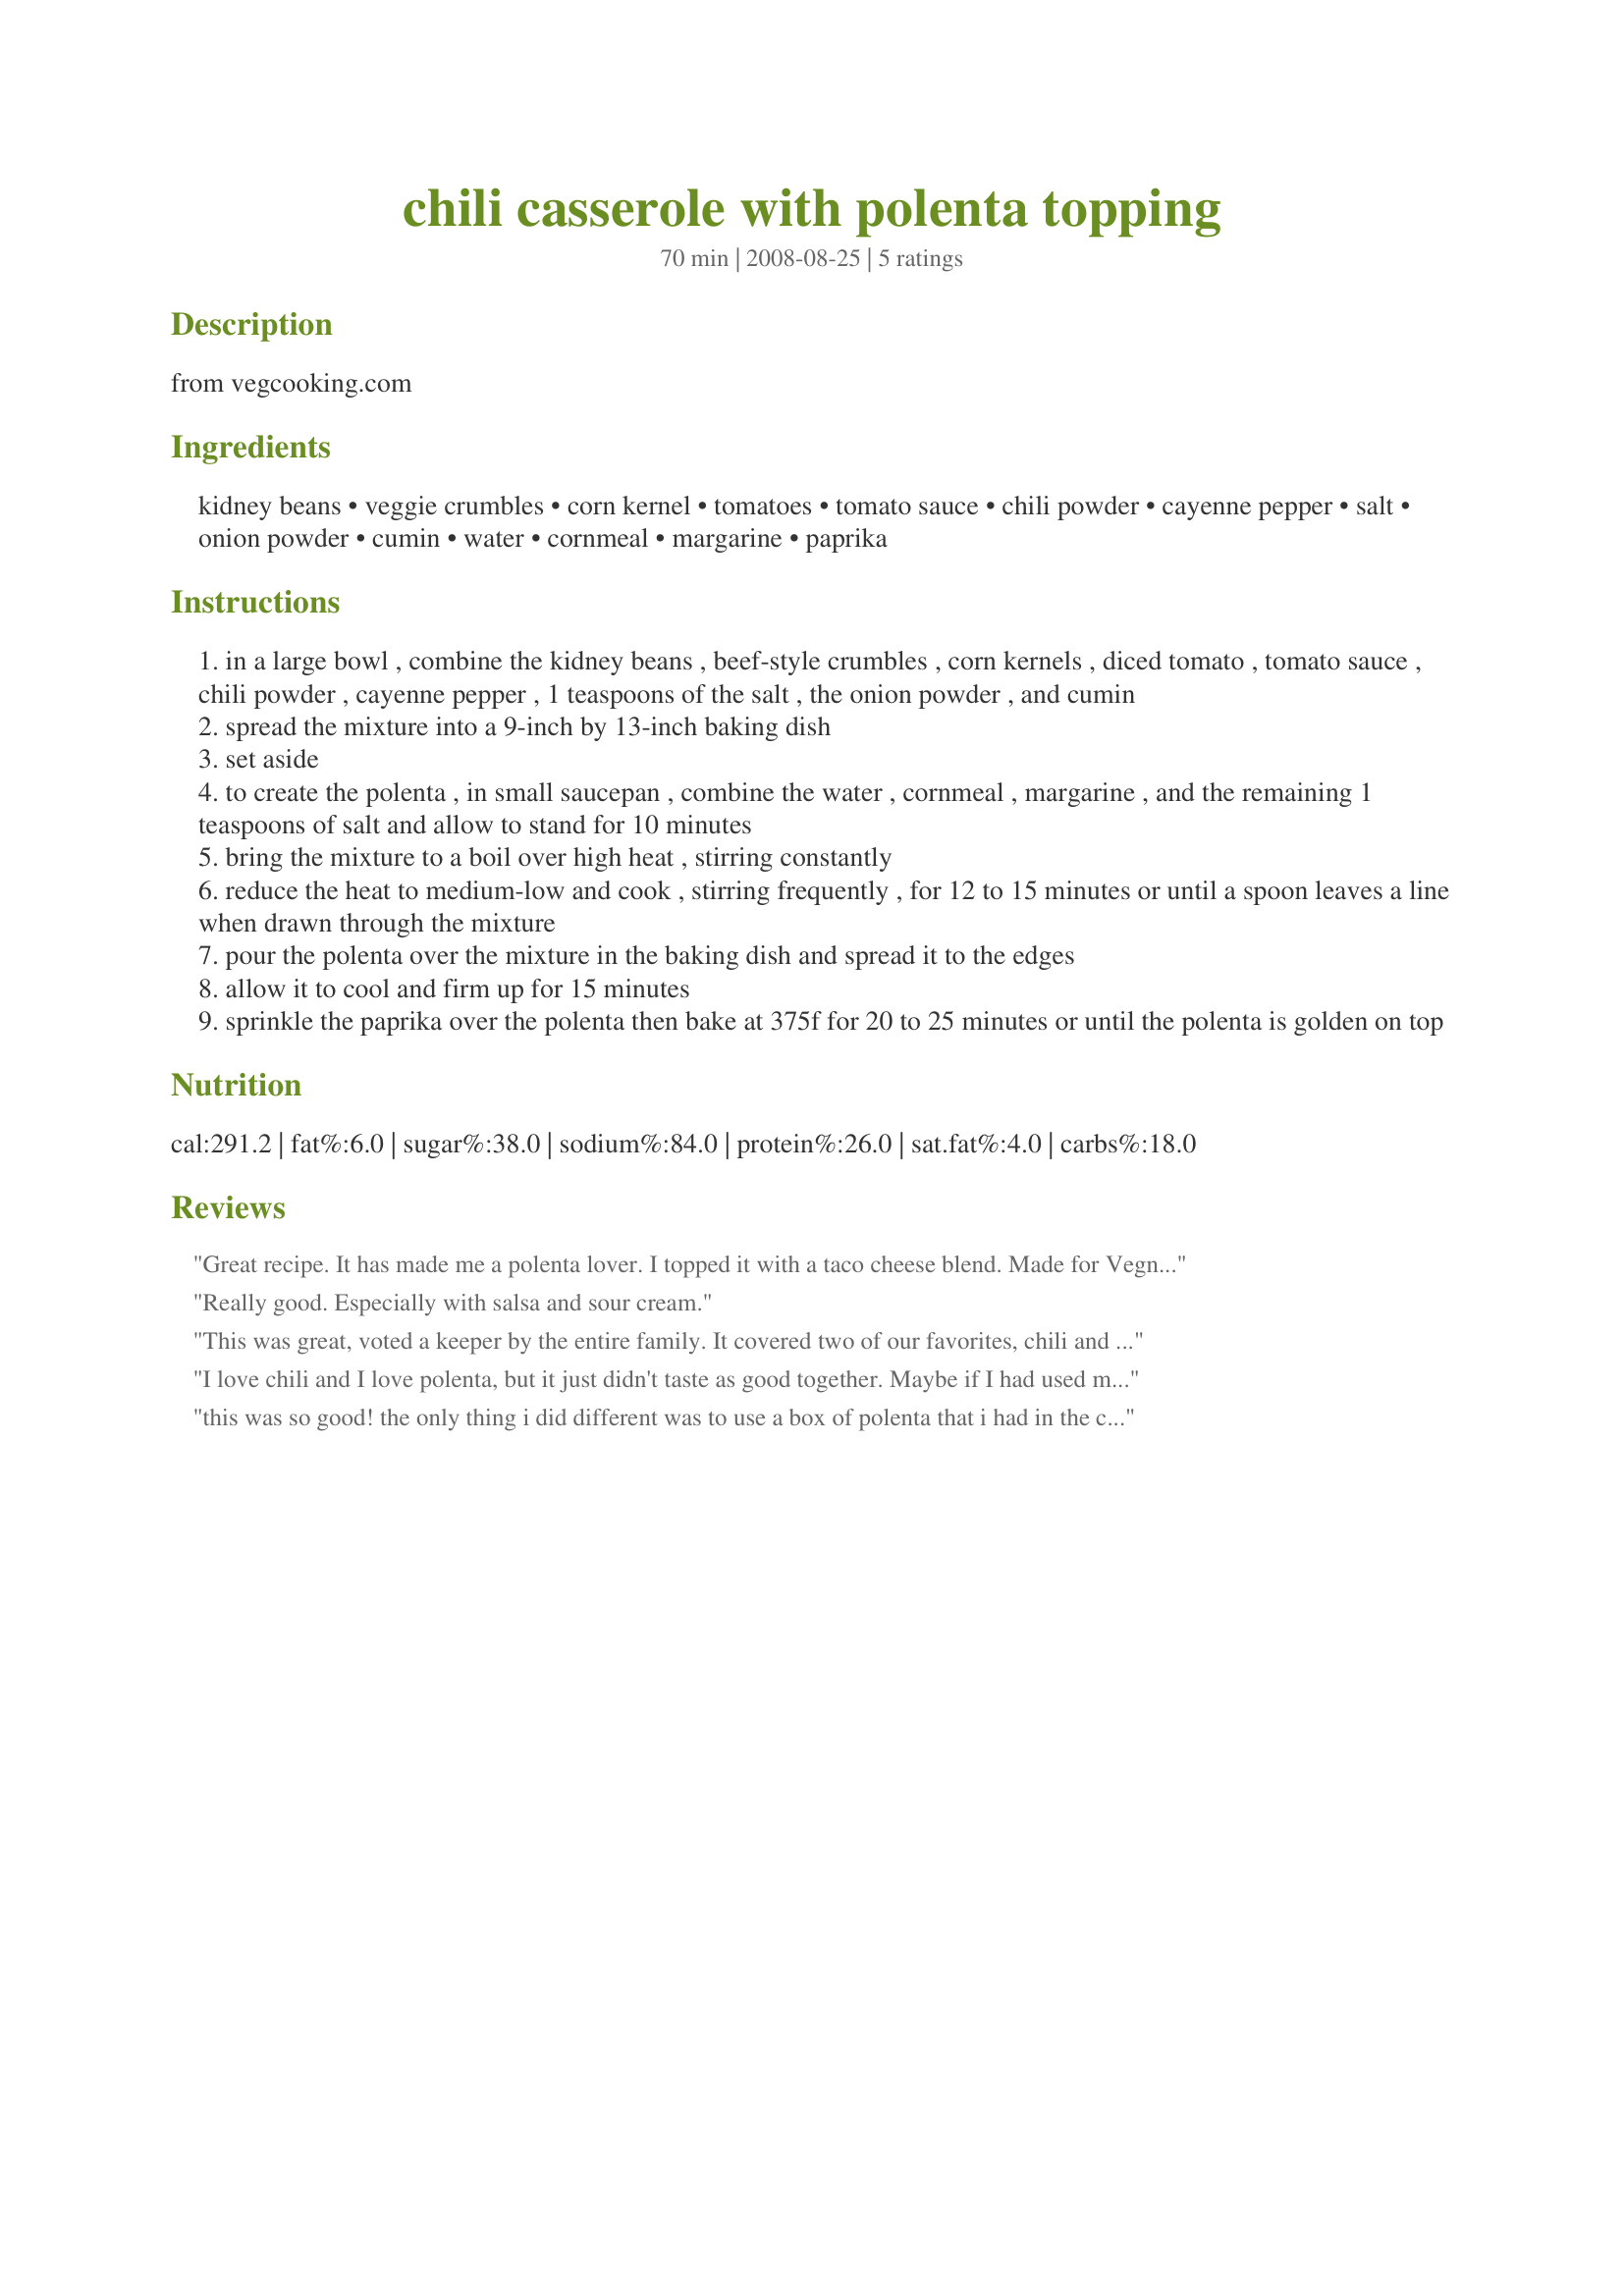
chili casserole with polenta topping
Preparation time: 70 minutes

from vegcooking.com

Ingredients:
kidney beans, veggie crumbles, corn kernel, tomatoes, tomato sauce, chili powder, cayenne pepper, salt, onion powder, cumin, water, cornmeal, margarine, paprika

Steps:
in a large bowl , combine the kidney beans , beef-style crumbles , corn kernels , diced tomato , tomato sauce , chili powder , cayenne pepper , 1 teaspoons of the salt , the onion powder , and cumin
spread the mixture into a 9-inch by 13-inch baking dish
set aside
to create the polenta , in small saucepan , combine the water , cornmeal , margarine , and the remaining 1 teaspoons of salt and allow to stand for 10 minutes
bring the mixture to a boil over high heat , stirring constantly
reduce the heat to medium-low and cook , stirring frequently , for 12 to 15 minutes or until a spoon leaves a line when drawn through the mixture
pour the polenta over the mixture in the baking dish and spread it to the edges
allow it to cool and firm up for 15 minutes
sprinkle the paprika over the polenta then bake at 375f for 20 to 25 minutes or until the polenta is golden on top

Reviews:
Great recipe. It has made me a polenta lover. I topped it with a taco cheese blend. Made for Vegn Swap 6.
Really good. Especially with salsa and sour cream.
This was great, voted a keeper by the entire family. It covered two of our favorites, chili and polenta. It was also very easy to make.
I love chili and I love polenta, but it just didn't taste as good together. Maybe if I had used my normal chili recipe rather than the one listed here, it would have been better. It wasn't terrible, just nothing I would make again.
this was so good! the only thing i did different was to use a box of polenta that i had in the cupboard. i have already been told that i need to make it again.
